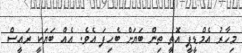
މިހާރު އެމްޑީޕީ އޮތީ ތިން ބަޔަށް ބެހިފަ އެވެ. އެއް ބަޔަކީ ރައީސް